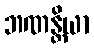
ဘဏန္တိယာ